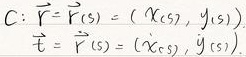
\[
\begin{align*}
C:\vec{r}&=\vec{r}(s)=(x(s),y(s))\\
\vec{\tau}&=\vec{\dot{r}}(s)=(\dot{x}(s),\dot{y}(s))
\end{align*}
\]